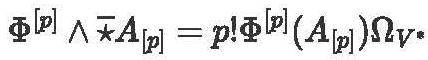
$\Phi^{[p]} \wedge \overline{\star} A_{[p]}=p ! \Phi^{[p]}\left(A_{[p]}\right) \Omega_{V^{*}}$